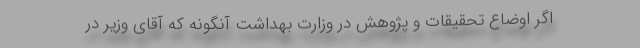
اگر اوضاع تحقیقات و پژوهش در وزارت بهداشت آنگونه که آقای وزیر در